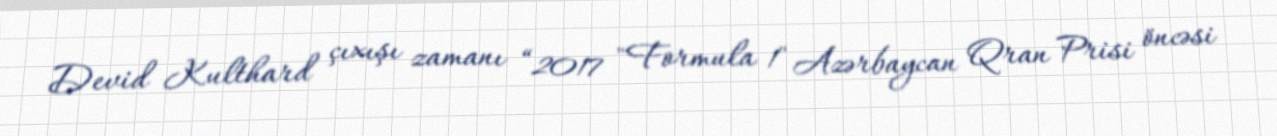
Devid Kulthard çıxışı zamanı “2017 "Formula 1" Azərbaycan Qran Prisi öncəsi